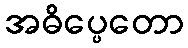
အဓိပ္ပေတော